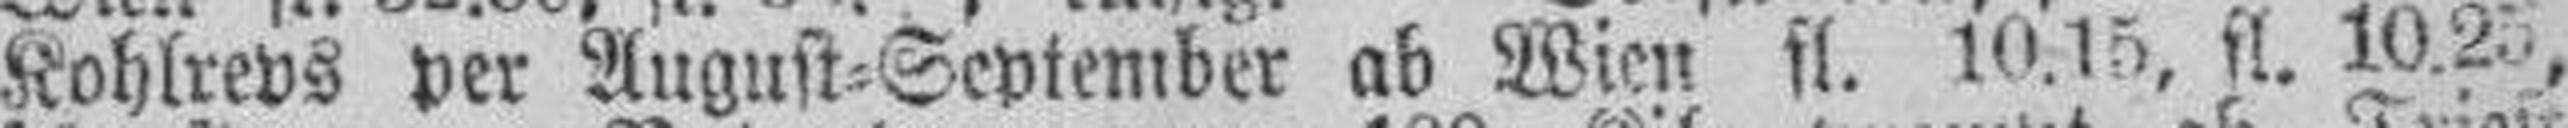
Kohlrevs per Auguft=September ab Wien fl. 10.15, fl. 10.25,